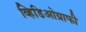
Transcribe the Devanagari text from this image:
व्हिडिओग्राफी